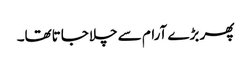
پھر بڑے آرام سے چلاجاتاتھا۔